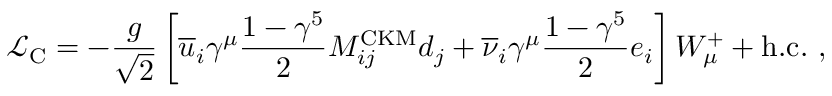
{ \mathcal { L } } _ { \mathrm { C } } = - { \frac { g } { \sqrt { 2 } } } \left[ { \overline { { u } } } _ { i } \gamma ^ { \mu } { \frac { 1 - \gamma ^ { 5 } } { 2 } } M _ { i j } ^ { \mathrm { C K M } } d _ { j } + { \overline { { \nu } } } _ { i } \gamma ^ { \mu } { \frac { 1 - \gamma ^ { 5 } } { 2 } } e _ { i } \right] W _ { \mu } ^ { + } + { \mathrm { h . c . } } ~ ,